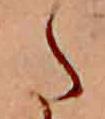
た